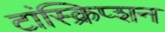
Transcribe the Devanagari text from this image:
टांस्क्रिप्शन